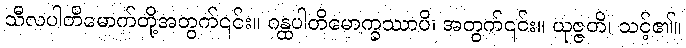
သီလပါတိမောက်တို့အတွက်၎င်း။ ဂန္ထပါတိမောက္ခဿာပိ၊ အတွက်၎င်း။ ယုဇ္ဇတိ၊ သင့်၏။